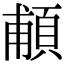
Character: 𩒺